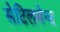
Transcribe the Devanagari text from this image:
सेटिलमेन्ट